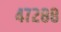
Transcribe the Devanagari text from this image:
४७२८८